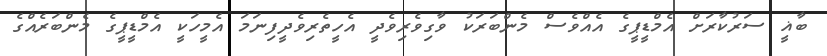
ބާޣީ ސަރުކާރަށް އެމްޑީޕީގެ އެއްވެސް މެންބަރަކު ވާގިވެރިވެދީ އެހީތެރިވެދީފިނަމަ އެމީހަކީ އެމްޑީޕީގެ މެންބަރެއްގެ